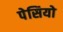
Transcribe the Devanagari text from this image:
पेसियो